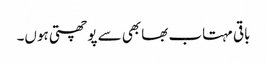
باقی مہتاب بھابھی سے پوچھتی ہوں۔